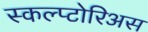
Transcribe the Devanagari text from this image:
स्कल्प्टोरिअस